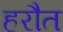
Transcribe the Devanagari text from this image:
हरौत